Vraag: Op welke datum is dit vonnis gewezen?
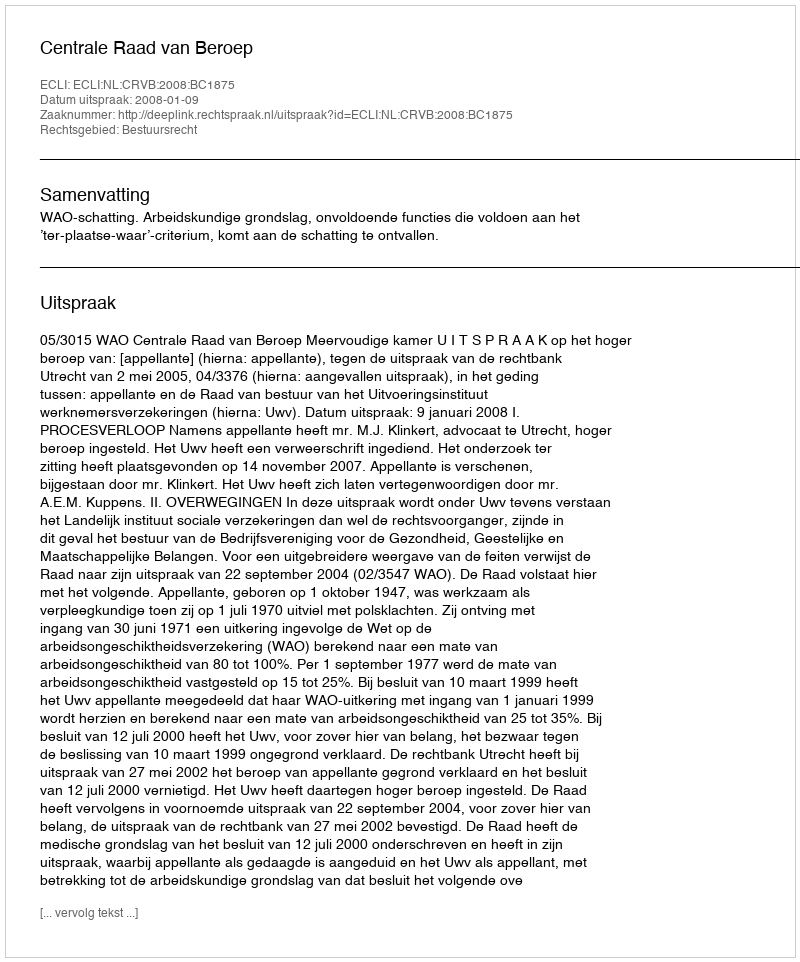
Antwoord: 2008-01-09